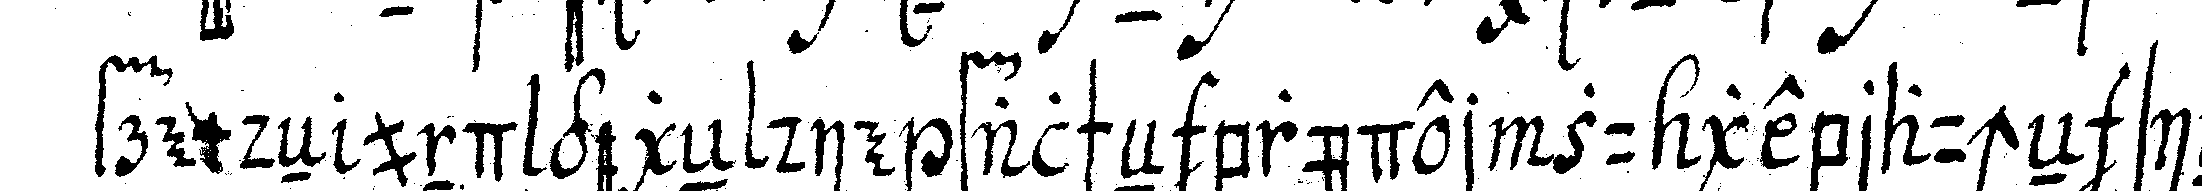
fremdeN und gegeN die falscheN brüder zu gebraucheN sind